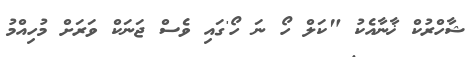
ޝާހްރުކް ޚާނާއެކު "ކަލް ހޯ ނަ ހޯ'ގައި ވެސް ޖަނަކް ވަރަށް މުހިއްމު